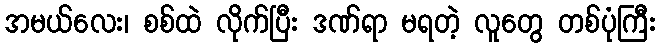
အမယ်လေး၊ စစ်ထဲ လိုက်ပြီး ဒဏ်ရာ မရတဲ့ လူတွေ တစ်ပုံကြီး